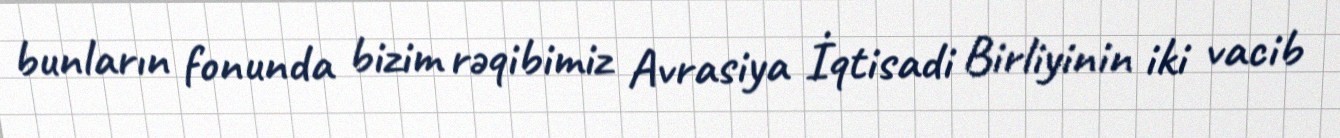
bunların fonunda bizim rəqibimiz Avrasiya İqtisadi Birliyinin iki vacib